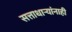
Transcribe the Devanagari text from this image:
सत्ताधाऱ्यांनाही